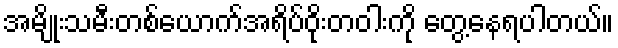
အမျိုးသမီးတစ်ယောက်အရိပ်ဝိုးတဝါးကို တွေ့နေရပါတယ်။